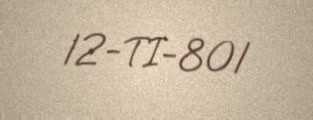
12-TI-801